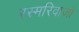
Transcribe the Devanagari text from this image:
रस्मरिवाजों